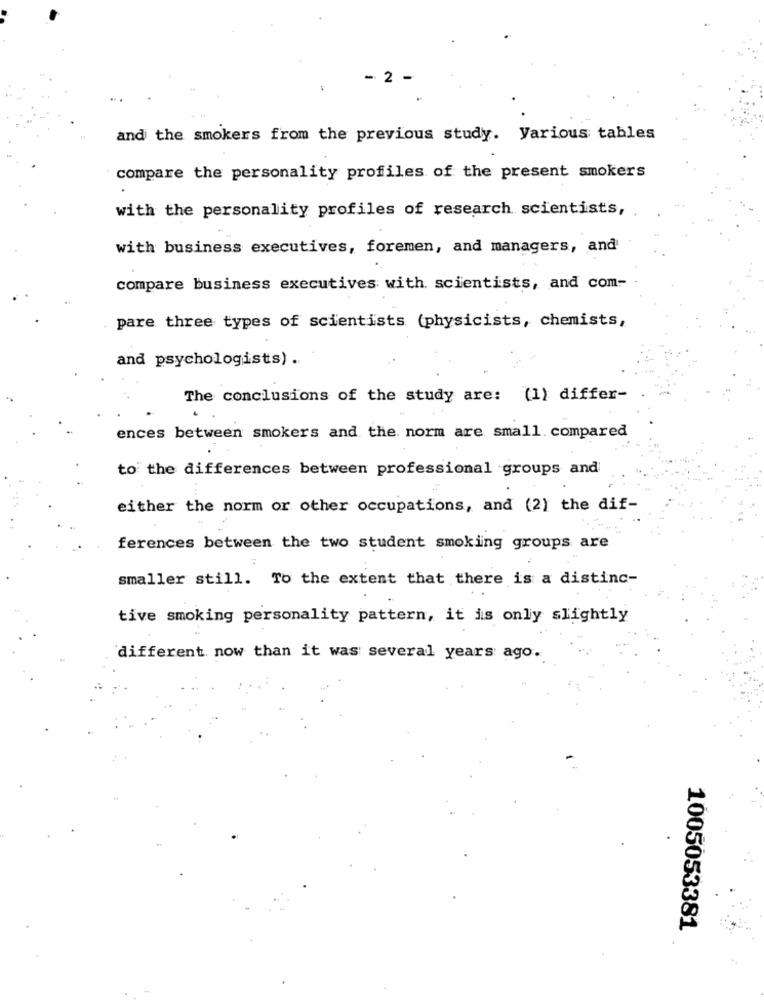
2
and the smokers from the previous study. Various tables
compare the personality profiles of the present smokers
with the personality profiles of research scientists,
with business executives, foremen, and managers, and
compare business executives with scientists, and com-
pare three types of scientists (physicists, chemists,
and psychologists) .
The conclusions of the study are: (1) differ-
ences between smokers and the norm are small. compared
to the differences between professional groups and
either the norm or other occupations, and (2) the dif-
ferences between the two student smoking groups are
smaller still. To the extent that there is a distinc-
tive smoking personality pattern, it is only slightly
different now than it was several years ago.
1005053381